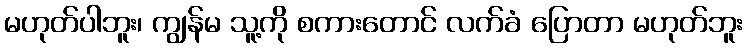
မဟုတ်ပါဘူး၊ ကျွန်မ သူ့ကို စကားတောင် လက်ခံ ပြောတာ မဟုတ်ဘူး